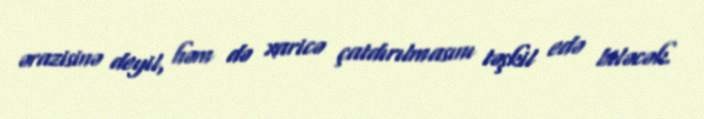
ərazisinə deyil, həm də xaricə çatdırılmasını təşkil edə biləcək.